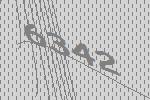
6342